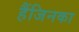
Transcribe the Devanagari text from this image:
हैंजिनका